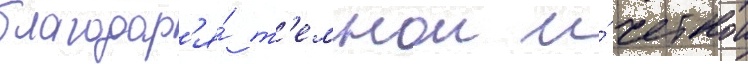
благодар'я́ т'емнои и́ четкои